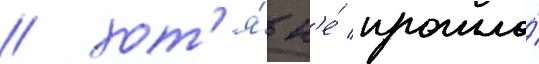
/ хот'я́ н'е́ прошло́